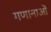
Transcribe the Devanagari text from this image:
गणानाओं